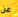
عن